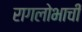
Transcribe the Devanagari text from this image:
रागलोभाची